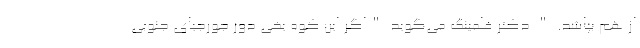
از هم بپاشد. " دکتر فلمینگ می‌گوید "اگر این کوه یخی دور جورجیای جنوبی